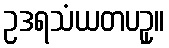
ဥဒရသံယတပဥှ။